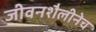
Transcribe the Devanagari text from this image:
जीवनशैलीनेच